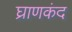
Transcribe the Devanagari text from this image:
घ्राणकंद